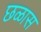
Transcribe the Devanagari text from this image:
छळास